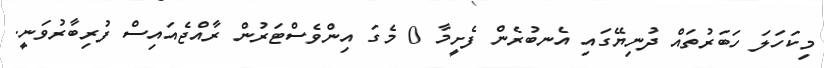
މިކަހަލަ ހަބަރުތައް ދުނިޔޭގައި އެނބުރެން ފެށީމާ 0 މެގަ އިންވެސްޓަރުން ރާއްޖެއައިސް ފުރިބާރުވަނީ.